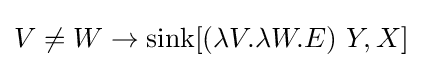
V\neq W\to \operatorname {sink} [(\lambda V.\lambda W.E)\ Y,X]